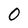
Character: 0